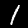
Digit: 1